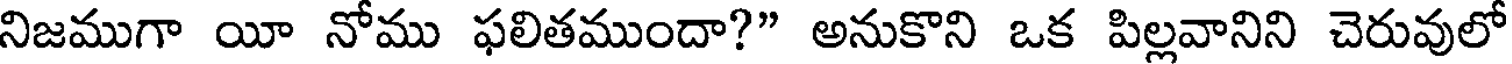
నిజముగా యీ నోము ఫలితముందా?" అనుకొని ఒక పిల్లవానిని చెరువులో